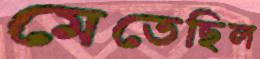
মেতেছিল